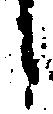
候